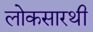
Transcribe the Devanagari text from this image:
लोकसारथी